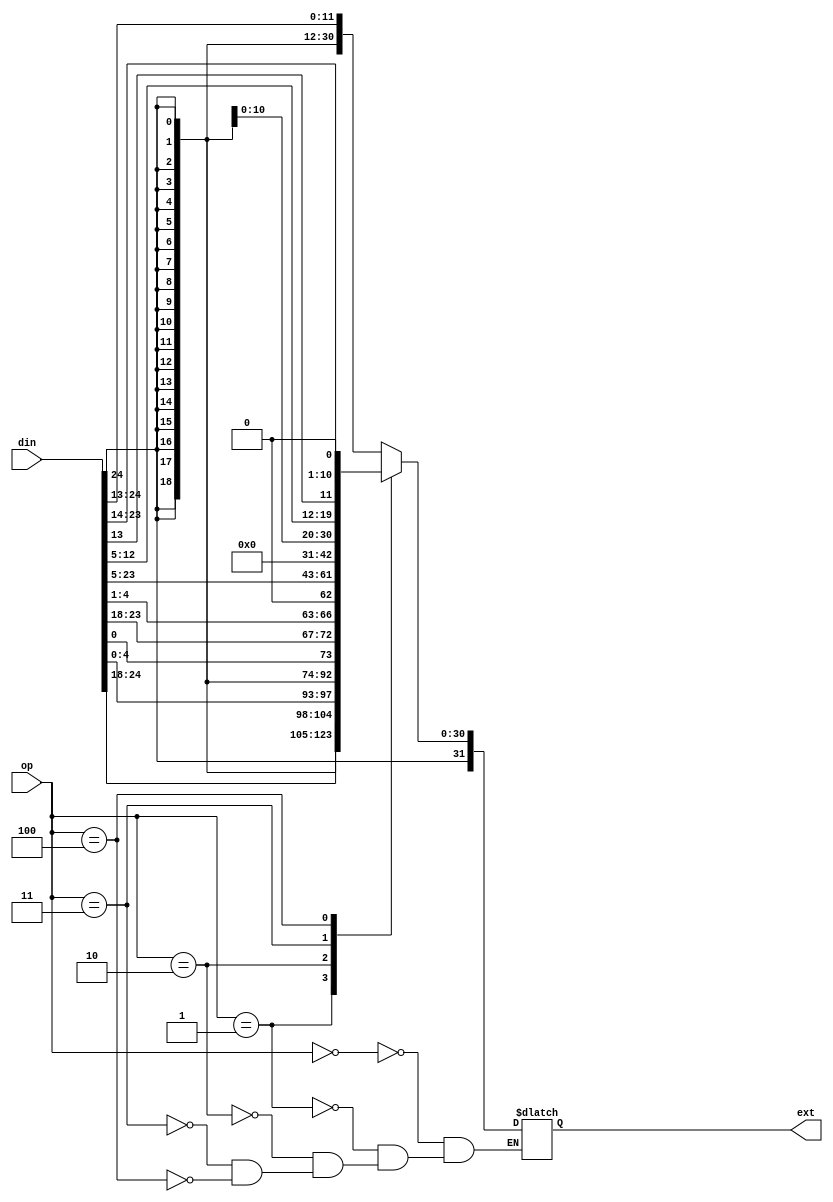
module sext(
    input wire [31:7] din,
    input wire [2:0] op,
    output wire [31:0] ext
    );
    reg [31:0] ext_reg;
    assign ext = ext_reg;
    always @(*) begin
        case (op)
            3'b000: ext_reg = {{20{din[31]}},din[31:20]};//I
            3'b001: ext_reg = {{20{din[31]}},din[31:25],din[11:7]};//S
            3'b010: ext_reg = {{20{din[31]}},din[31],din[7],din[30:25],din[11:8],1'b0};//B
            3'b011: ext_reg = {din[31:12],12'b0};//U
            3'b100: ext_reg = {{12{din[31]}},din[19:12],din[20],din[30:21],1'b0};//J
        endcase
    end
endmodule